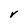
Character: V